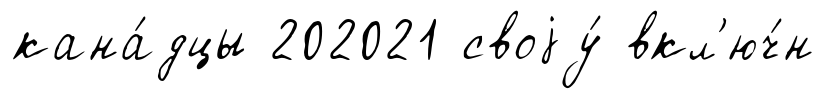
кана́дцы 202021 своjу́ вкл'юч́н